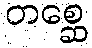
တစ္ဆေ